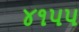
૪૧પપ